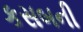
કસબની